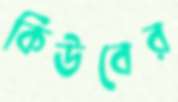
কিউবের